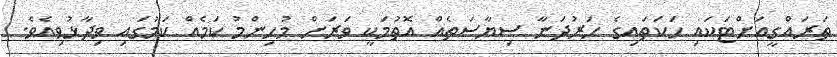
ތަރައްގީއަށްޓަކައި ހަކަތައިގެ ހަރުދަނާ ސިޔާސަތެއް އޮތުމަކީ ވަރަށް މުހިންމު ކަމެއް ކަމުގައި ވިދާޅުވިއެވެ.